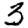
Digit: 3